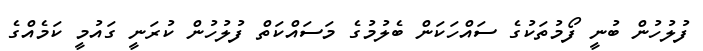
ފުލުހުން ބުނީ ފޯމުތަކުގެ ސައްހަކަން ބެލުމުގެ މަސައްކަތް ފުލުހުން ކުރަނީ ގައުމީ ކަމެއްގެ